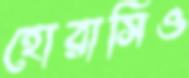
হোরাসিও